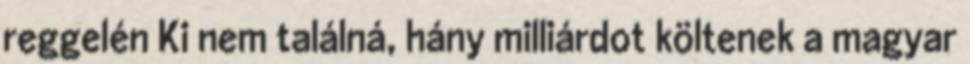
reggelén Ki nem találná, hány milliárdot költenek a magyar